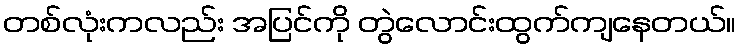
တစ်လုံးကလည်း အပြင်ကို တွဲလောင်းထွက်ကျနေတယ်။